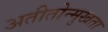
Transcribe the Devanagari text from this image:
अतीतोन्मुखता